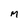
Character: M